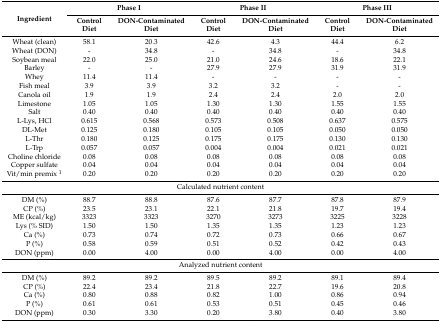
<table><thead><tr><td rowspan="2"><b>Ingredient</b></td><td colspan="2"><b>Phase I</b></td><td colspan="2"><b>Phase II</b></td><td colspan="2"><b>Phase III</b></td></tr><tr><td><b>Control Diet</b></td><td><b>DON-Contaminated Diet</b></td><td><b>Control Diet</b></td><td><b>DON-Contaminated Diet</b></td><td><b>Control Diet</b></td><td><b>DON-Contaminated Diet</b></td></tr></thead><tbody><tr><td>Wheat (clean)</td><td>58.1</td><td>20.3</td><td>42.6</td><td>4.3</td><td>44.4</td><td>6.2</td></tr><tr><td>Wheat (DON)</td><td>-</td><td>34.8</td><td>-</td><td>34.8</td><td>-</td><td>34.8</td></tr><tr><td>Soybean meal</td><td>22.0</td><td>25.0</td><td>21.0</td><td>24.6</td><td>18.6</td><td>22.1</td></tr><tr><td>Barley</td><td>-</td><td>-</td><td>27.9</td><td>27.9</td><td>31.9</td><td>31.9</td></tr><tr><td>Whey</td><td>11.4</td><td>11.4</td><td>-</td><td>-</td><td>-</td><td>-</td></tr><tr><td>Fish meal</td><td>3.9</td><td>3.9</td><td>3.2</td><td>3.2</td><td>-</td><td>-</td></tr><tr><td>Canola oil</td><td>1.9</td><td>1.9</td><td>2.4</td><td>2.4</td><td>2.0</td><td>2.0</td></tr><tr><td>Limestone</td><td>1.05</td><td>1.05</td><td>1.30</td><td>1.30</td><td>1.55</td><td>1.55</td></tr><tr><td>Salt</td><td>0.40</td><td>0.40</td><td>0.40</td><td>0.40</td><td>0.40</td><td>0.40</td></tr><tr><td>L-Lys, HCl</td><td>0.615</td><td>0.568</td><td>0.573</td><td>0.508</td><td>0.637</td><td>0.575</td></tr><tr><td>DL-Met</td><td>0.125</td><td>0.180</td><td>0.105</td><td>0.105</td><td>0.050</td><td>0.050</td></tr><tr><td>L-Thr</td><td>0.180</td><td>0.125</td><td>0.175</td><td>0.175</td><td>0.130</td><td>0.130</td></tr><tr><td>L-Trp</td><td>0.057</td><td>0.057</td><td>0.004</td><td>0.004</td><td>0.021</td><td>0.021</td></tr><tr><td>Choline chloride</td><td>0.08</td><td>0.08</td><td>0.08</td><td>0.08</td><td>0.08</td><td>0.08</td></tr><tr><td>Copper sulfate</td><td>0.04</td><td>0.04</td><td>0.04</td><td>0.04</td><td>0.04</td><td>0.04</td></tr><tr><td>Vit/min premix <sup>1</sup></td><td>0.20</td><td>0.20</td><td>0.20</td><td>0.20</td><td>0.20</td><td>0.20</td></tr><tr><td colspan="7">Calculated nutrient content</td></tr><tr><td>DM (%)</td><td>88.7</td><td>88.8</td><td>87.6</td><td>87.7</td><td>87.8</td><td>87.9</td></tr><tr><td>CP (%)</td><td>23.5</td><td>23.1</td><td>22.1</td><td>21.8</td><td>19.7</td><td>19.4</td></tr><tr><td>ME (kcal/kg)</td><td>3323</td><td>3323</td><td>3270</td><td>3273</td><td>3225</td><td>3228</td></tr><tr><td>Lys (% SID)</td><td>1.50</td><td>1.50</td><td>1.35</td><td>1.35</td><td>1.23</td><td>1.23</td></tr><tr><td>Ca (%)</td><td>0.73</td><td>0.74</td><td>0.72</td><td>0.73</td><td>0.66</td><td>0.67</td></tr><tr><td>P (%)</td><td>0.58</td><td>0.59</td><td>0.51</td><td>0.52</td><td>0.42</td><td>0.43</td></tr><tr><td>DON (ppm)</td><td>0.00</td><td>4.00</td><td>0.00</td><td>4.00</td><td>0.00</td><td>4.00</td></tr><tr><td colspan="7">Analyzed nutrient content </td></tr><tr><td>DM (%)</td><td>89.2</td><td>89.2</td><td>89.5</td><td>89.2</td><td>89.1</td><td>89.4</td></tr><tr><td>CP (%)</td><td>22.4</td><td>23.4</td><td>21.8</td><td>22.7</td><td>19.6</td><td>20.8</td></tr><tr><td>Ca (%)</td><td>0.80</td><td>0.88</td><td>0.82</td><td>1.00</td><td>0.86</td><td>0.94</td></tr><tr><td>P (%)</td><td>0.61</td><td>0.61</td><td>0.53</td><td>0.51</td><td>0.45</td><td>0.46</td></tr><tr><td>DON (ppm)</td><td>0.30</td><td>3.30</td><td>0.20</td><td>3.80</td><td>0.40</td><td>3.80</td></tr></tbody></table>